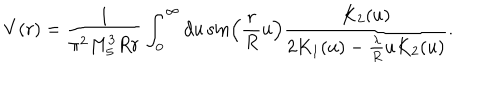
V ( r ) = \frac { 1 } { \pi ^ { 2 } M _ { 5 } ^ { 3 } R r } \int _ { 0 } ^ { \infty } d u \sin \left( \frac { r } { R } u \right) \frac { K _ { 2 } ( u ) } { 2 K _ { 1 } ( u ) - \frac { \lambda } { R } u K _ { 2 } ( u ) } .